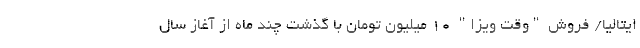
ایتالیا/ فروش "وقت ویزا" 10 میلیون تومان با گذشت چند ماه از آغاز سال